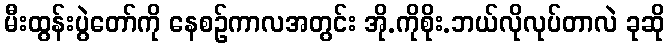
မီးထွန်းပွဲတော်ကို နေစဉ်ကာလအတွင်း အို.ကိုစိုး.ဘယ်လိုလုပ်တာလဲ ခုဆို